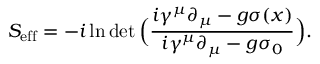
S _ { \mathrm { e f f } } = - i \ln \operatorname* { d e t } { \Big ( } { \frac { i \gamma ^ { \mu } { \partial } _ { \mu } - g \sigma ( x ) } { i \gamma ^ { \mu } { \partial } _ { \mu } - g \sigma _ { 0 } } } { \Big ) } .